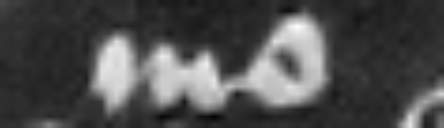
mo